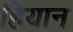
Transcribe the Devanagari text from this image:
हियान